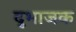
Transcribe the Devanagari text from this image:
दुभाजक